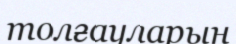
толғауларын